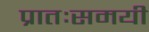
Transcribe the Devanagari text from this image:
प्रातःसमयी